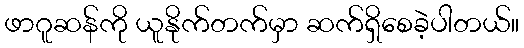
ဖာဂူဆန်ကို ယူနိုက်တက်မှာ ဆက်ရှိစေခဲ့ပါတယ်။